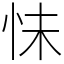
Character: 怽